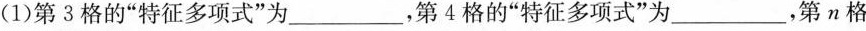
(1)第3格的”特征多项式”为___，第4格的”特征多项式”为___，第n格